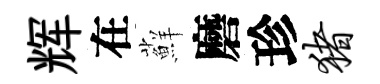
辉在蘚磨珍猪